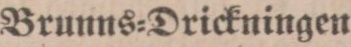
Brunns=Drickningen